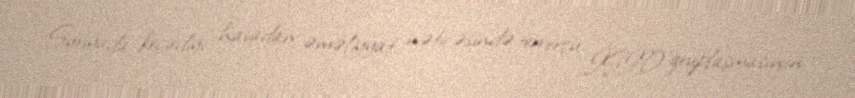
Suriyada keçirdiyi havadan əməliyyat nəticəsində terrorçu İŞİD qruplaşmasının